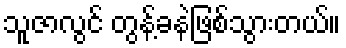
သူဇာလွင် တွန့်ခနဲဖြစ်သွားတယ်။